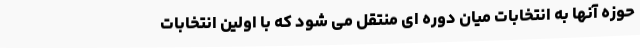
حوزه آنها به انتخابات میان دوره ای منتقل می شود که با اولین انتخابات